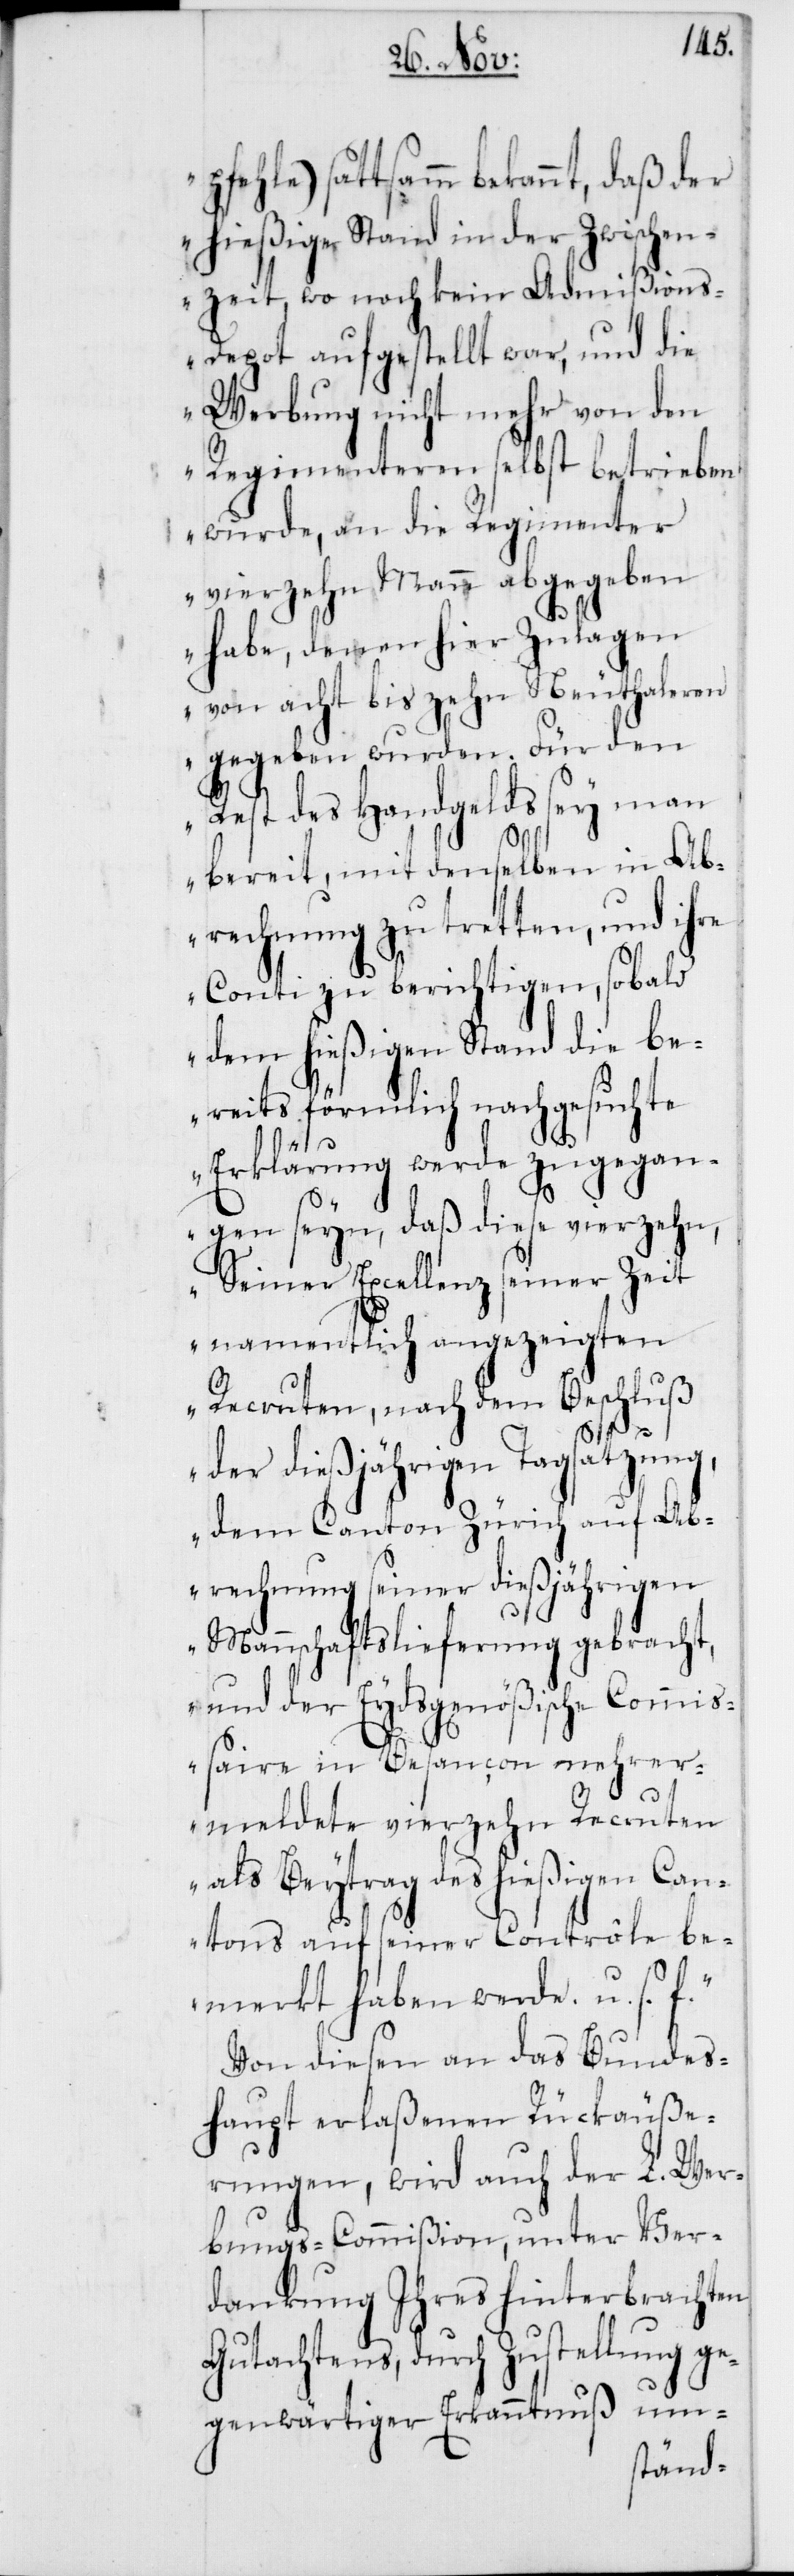
pfehle) sattsamm bekannt, daß der
hießige Stand in der Zwischen¬
zeit, wo noch kein Admißion¬
s-Depot aufgestellt war, und die
Werbung nicht mehr von den
Regimenteren selbst betrieben
wurden, an die Regimenter
vierzehn Mann abgegeben
habe, denen hier Zulagen
von acht bis zehn Neuthaleren
gegeben wurden. Für den
Rest des Handgelds sey man
bereit, mit denselben in Ab¬
rechnung zu tretten, und ihre
Conti zu berichtigen, sobald
dem hießigen Stand die be¬
reits förmlich nachgesuchte
Erklärung werde zugegan¬
gen seyn, daß diese vierzehn,
Seiner Excellenz seiner Zeit
namentlich angezeigten
Recruten, nach dem Beschluß
der dießjährigen Tagsatzung,
dem Canton Zürich auf Ab¬
rechnung seiner dießjährigen
Mannschaftslieferung gebracht,
und der Eydsgenößische Commiß¬
aire in Besançon mehrer¬
meldete vierzehn Recruten
als Beytrag des hießigen Can¬
tons auf seiner Contrôle be¬
merkt haben werde. u. s. f.“
Von diesen an das Bundes¬
haupt erlaßenen Rückäuße¬
rungen, wird auch der L. Wer¬
bungs-Commißion, unter Ver¬
dankung Ihres hinterbrachten
Gutachtens, durch Zustellung ge¬
nuß
genwärtiger Erkannt¬
um-